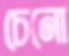
চেনো